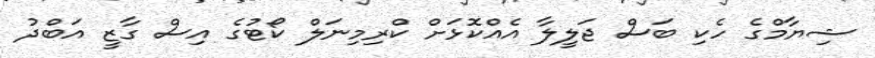
ޝިޔާމްގެ ހެކި ބަސް ޖަލީލާ އެއްކޮޅަށް ކްރިމިނަލް ކޯޓުގެ އިސް ގާޒީ އަބްދު